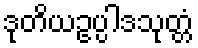
ဒုတိယဥပ္ပါဒသုတ္တံ